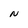
Character: N